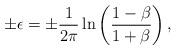
LaTeX: \begin{align*}\pm\epsilon=\pm\frac{1}{2\pi}\ln\left(\frac{1-\beta}{1+\beta}\right),\end{align*}